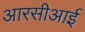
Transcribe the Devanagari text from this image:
आरसीआई